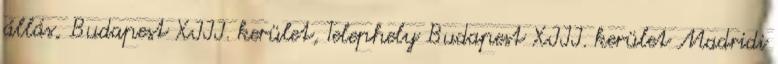
állás, Budapest XIII. kerület, Telephely Budapest XIII. kerület Madridi